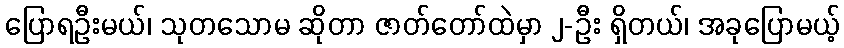
ပြောရဦးမယ်၊ သုတသောမ ဆိုတာ ဇာတ်တော်ထဲမှာ ၂-ဦး ရှိတယ်၊ အခုပြောမယ့်